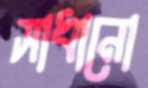
সাধানো